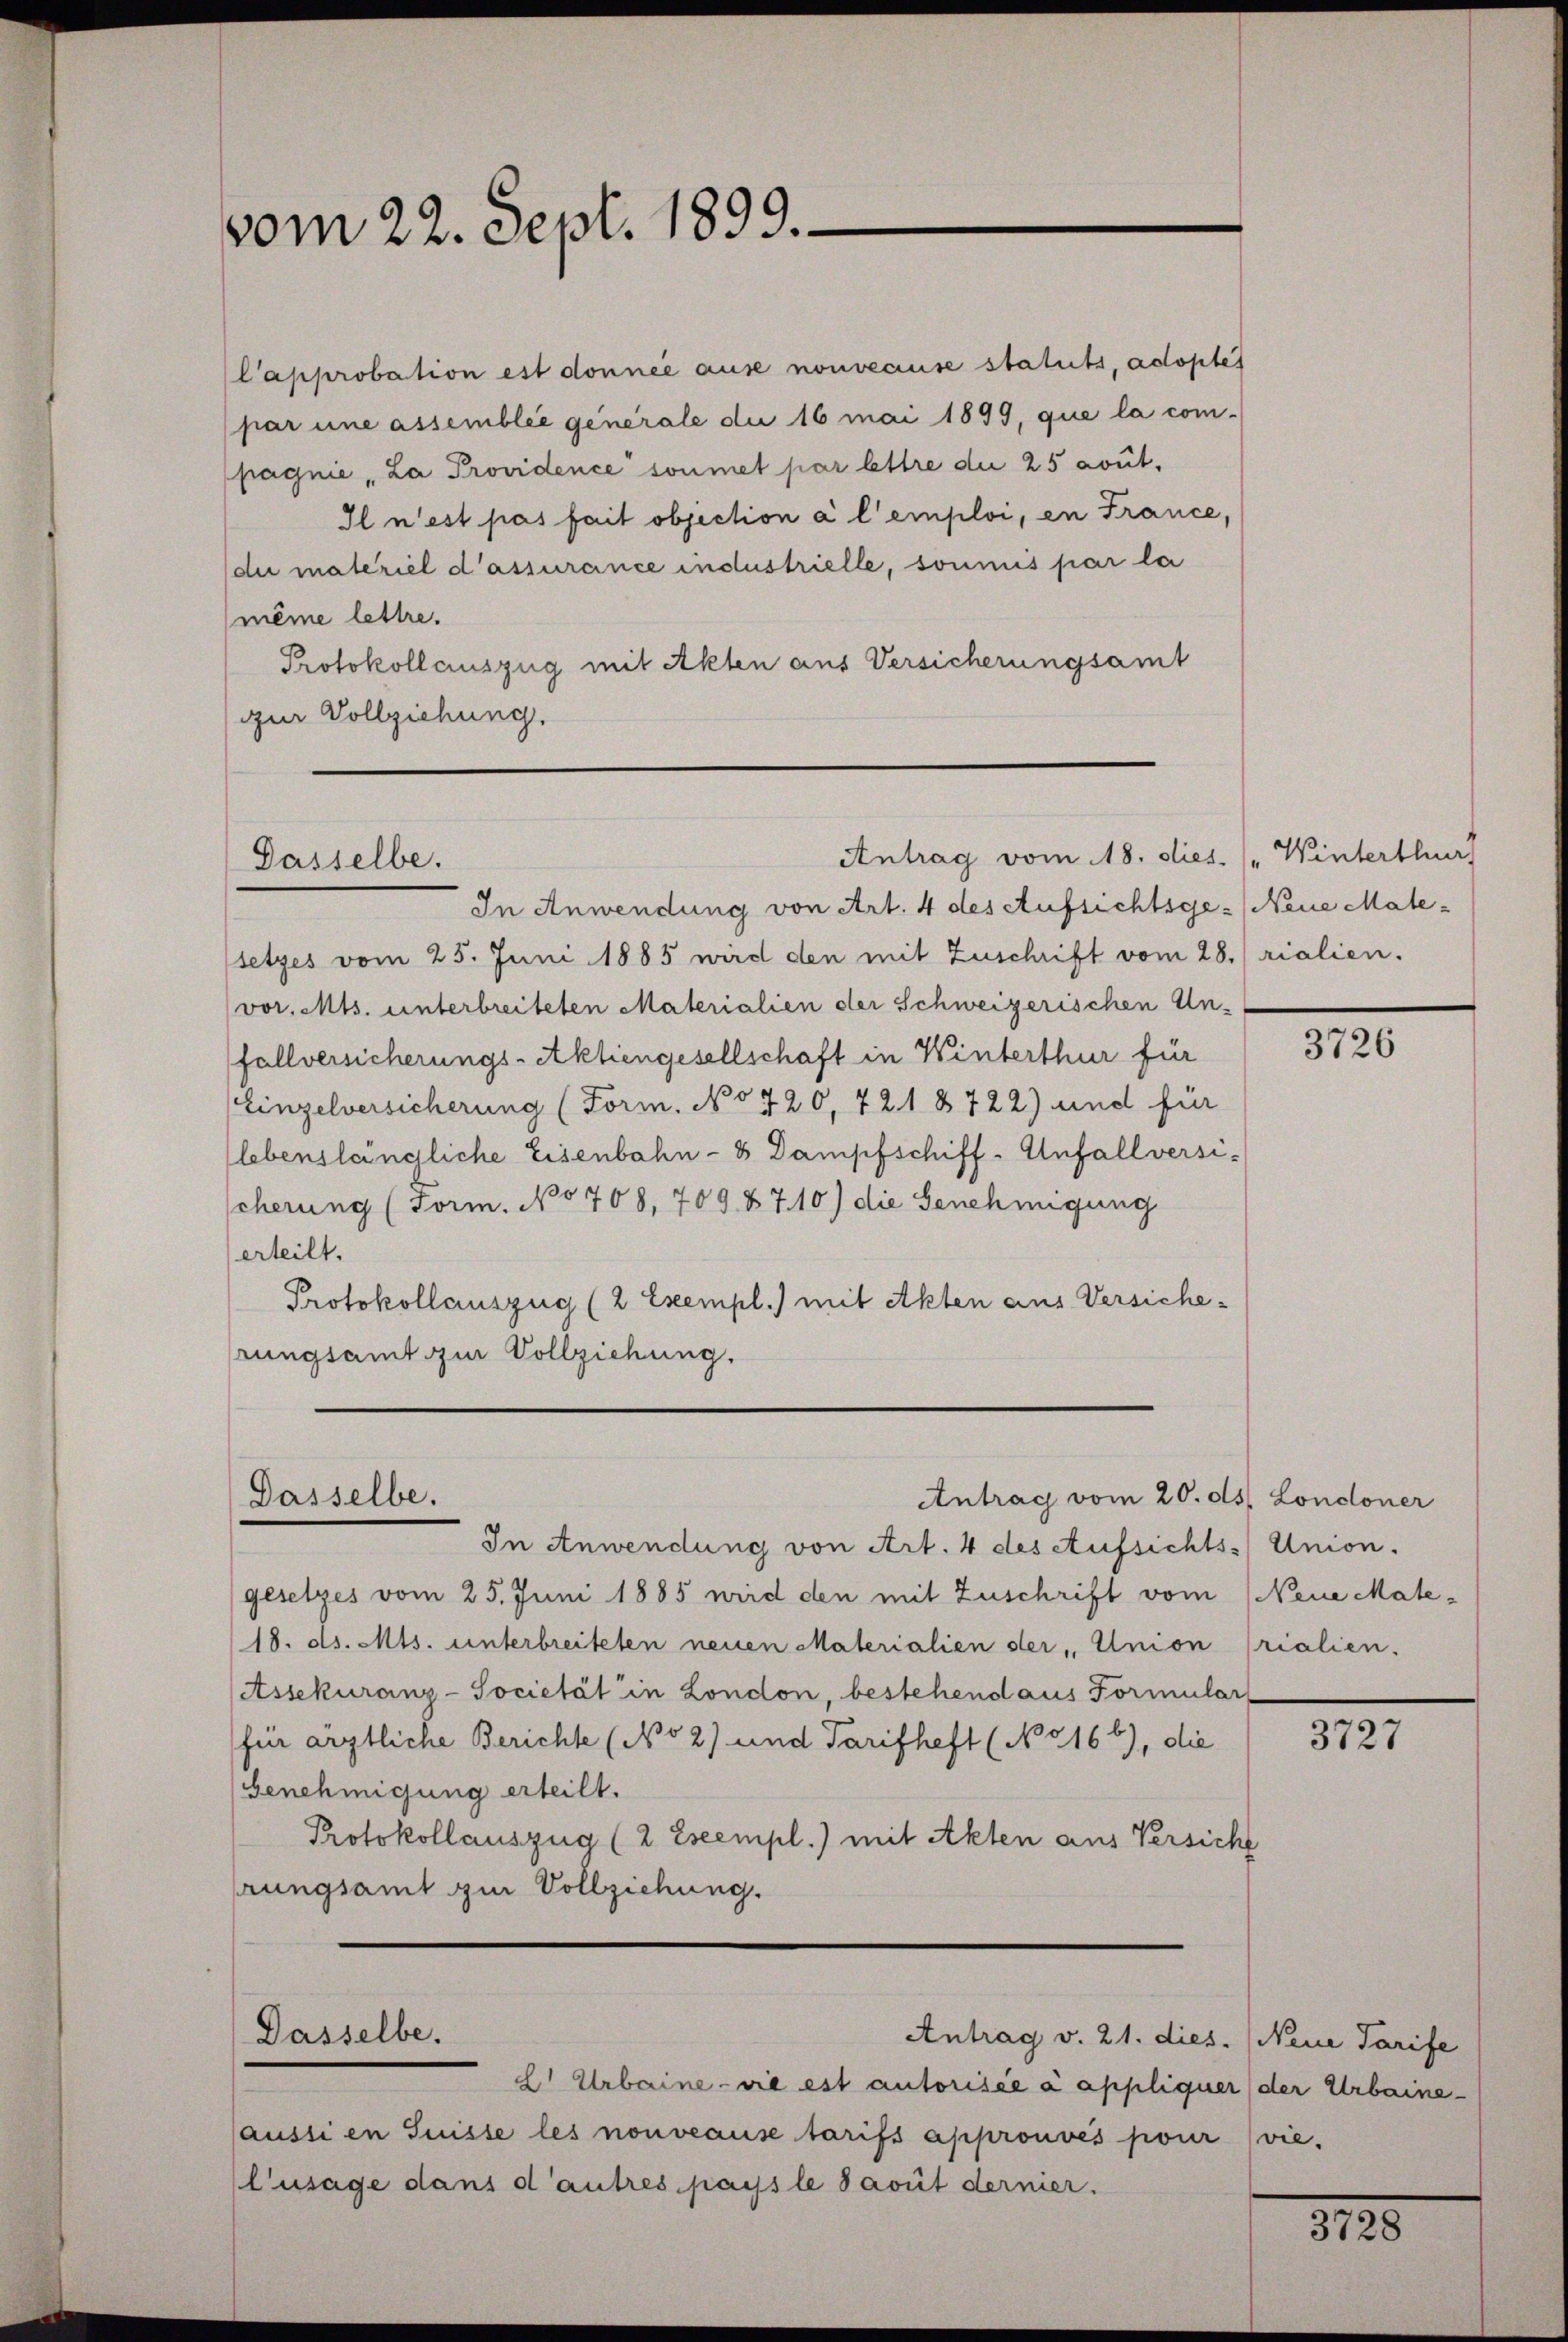
vom 22. Sept. 1899.

C’approbation est donnée ause nouveause statuts, adoptes
par une assemblée generale die 16 mai 1899, que la com-
pagnie „La Providence soumet par lettre die 25 rout.
Il n’est pas fait objection à l’emploi, en France,
di maleriel d’assurance industrielle, sonnus par la
même lettre.
Protokollauszug mit Akten aus Versicherungsamt
zur Vollziehung.

Antrag vom 18. dies. Winterthur
Dasselbe.

Dasselbe.

Dasselbe.

In Anwendung von Art. 4 des Aufsichtsge- (Neue Matesetzes vom 25. Juni 1885 wird den mit Zuschrift vom 28. rialien.
vor. Mts. unterbreiteten Materialien der Schweizerischen Unfallversicherungs-Aktiengesellschaft in Winterthur für
Einzelversicherung (Form. No 720, 721 8722) und für
lebenslängliche Eisenbahn- & Dampfschiff-Anfallversi-
scherung (Form. No 708, 7098710) die Genehmigung
erteilt.
Protokollauszug (2 Exempl.) mit Akten aus Versiche-
rungsamt zur Vollziehung.

Antrag vom 20. ds. Londoner

In Anwendung von Art. 4 des Aufsichts-Union.
gesetzes vom 25. Juni 1885 wird den mit Zuschrift vom Neue Mate¬
18. ds. Mts. unterbreiteten neuen Materialien der Union (rialien.
Assekuranz-Societät in London, bestehend aus Formular
für ärztliche Berichte (N 52) und Tarifheft (No 5166), die
Genehmigung erteilt.
Protokollauszug (2 Exempl.) mit Akten aus Versicht
rungsamt zur Vollziehung.

Antrag v. 21. dies. (Neue Tarife

L. Urbaine - die est autorisée à appliquer (der Urbaine
aussi en Suisse les nouveause tarifs approuvés pour (vie-
l’usage dans d’autres paysle Savit dernier.

3726

3727

8125